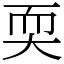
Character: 耎